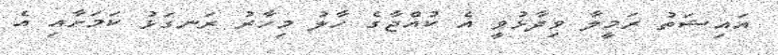
އައިޝަތު ރަމީލާ ވިދާޅުވީ އެ ކުއްޖާގެ ހާލު މިހާރު ރަނގަޅު ކަމަށާއި އެ